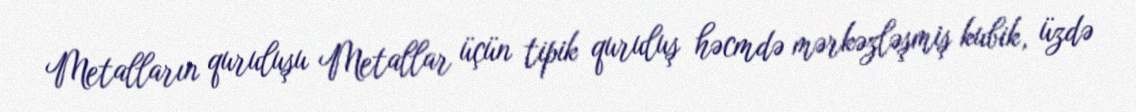
Metalların quruluşu Metallar üçün tipik quruluş həcmdə mərkəzləşmiş kubik, üzdə